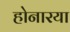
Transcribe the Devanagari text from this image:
होनारया